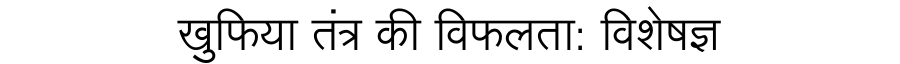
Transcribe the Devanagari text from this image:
खुफिया तंत्र की विफलता: विशेषज्ञ